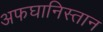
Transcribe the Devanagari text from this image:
अफघानिस्तान